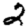
Digit: 2